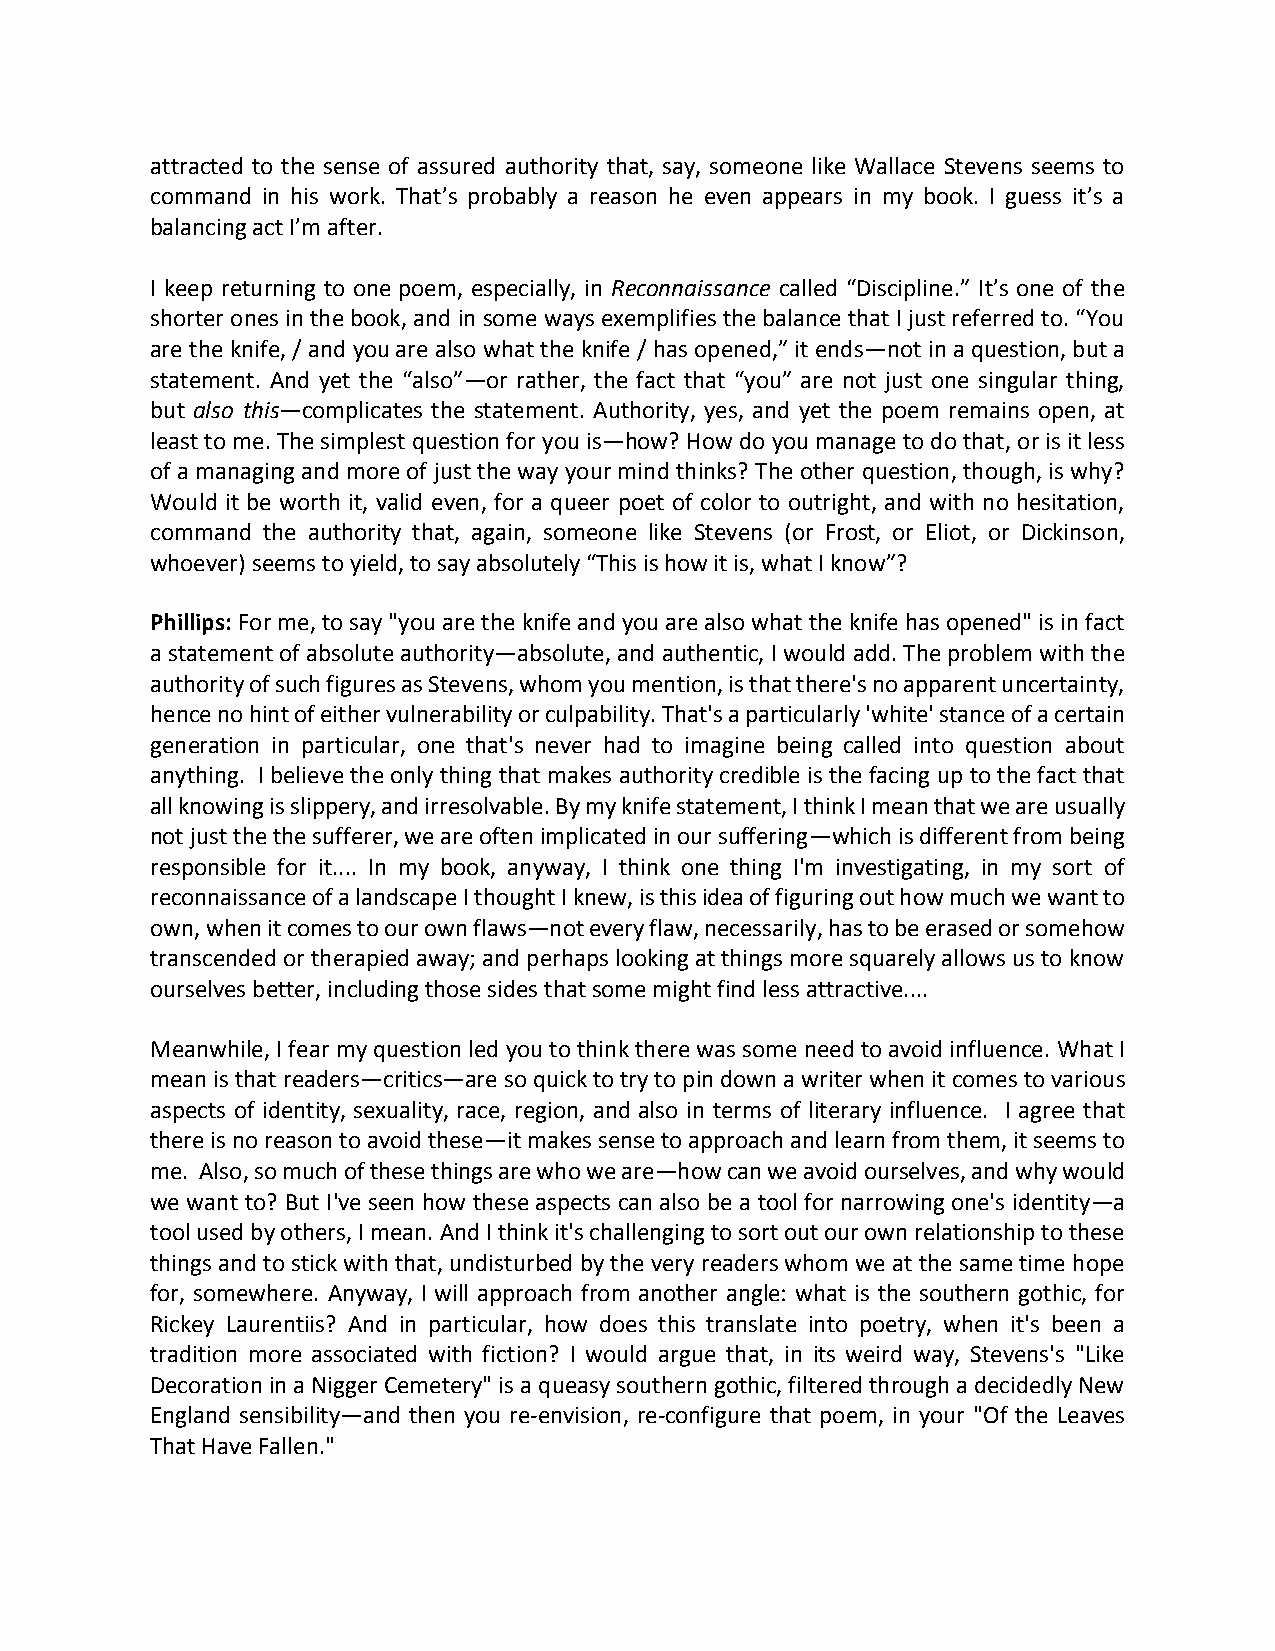
attracted to the sense of assured authority that, say, someone like Wallace Stevens seems to
 command in his work. That’s probably a reason he even appears in my book. I guess it’s a
 balancing act I’m after.
 I keep returning to one poem, especially, in Reconnaissance called “Discipline.” It’s one of the
 shorter ones in the book, and in some ways exemplifies the balance that I just referred to. “You
 are the knife, / and you are also what the knife / has opened,” it ends—not in a question, but a
 statement. And yet the “also”—or rather, the fact that “you” are not just one singular thing,
 but also this—complicates the statement. Authority, yes, and yet the poem remains open, at
 least to me. The simplest question for you is—how? How do you manage to do that, or is it less
 of a managing and more of just the way your mind thinks? The other question, though, is why?
 Would it be worth it, valid even, for a queer poet of color to outright, and with no hesitation,
 command the authority that, again, someone like Stevens (or Frost, or Eliot, or Dickinson,
 whoever) seems to yield, to say absolutely “This is how it is, what I know”?
 Phillips: For me, to say "you are the knife and you are also what the knife has opened" is in fact
 a statement of absolute authority—absolute, and authentic, I would add. The problem with the
 authority of such figures as Stevens, whom you mention, is that there's no apparent uncertainty,
 hence no hint of either vulnerability or culpability. That's a particularly 'white' stance of a certain
 generation in particular, one that's never had to imagine being called into question about
 anything. I believe the only thing that makes authority credible is the facing up to the fact that
 all knowing is slippery, and irresolvable. By my knife statement, I think I mean that we are usually
 not just the the sufferer, we are often implicated in our suffering—which is different from being
 responsible for it.... In my book, anyway, I think one thing I'm investigating, in my sort of
 reconnaissance of a landscape I thought I knew, is this idea of figuring out how much we want to
 own, when it comes to our own flaws—not every flaw, necessarily, has to be erased or somehow
 transcended or therapied away; and perhaps looking at things more squarely allows us to know
 ourselves better, including those sides that some might find less attractive....
 Meanwhile, I fear my question led you to think there was some need to avoid influence. What I
 mean is that readers—critics—are so quick to try to pin down a writer when it comes to various
 aspects of identity, sexuality, race, region, and also in terms of literary influence. I agree that
 there is no reason to avoid these—it makes sense to approach and learn from them, it seems to
 me. Also, so much of these things are who we are—how can we avoid ourselves, and why would
 we want to? But I've seen how these aspects can also be a tool for narrowing one's identity—a
 tool used by others, I mean. And I think it's challenging to sort out our own relationship to these
 things and to stick with that, undisturbed by the very readers whom we at the same time hope
 for, somewhere. Anyway, I will approach from another angle: what is the southern gothic, for
 Rickey Laurentiis? And in particular, how does this translate into poetry, when it's been a
 tradition more associated with fiction? I would argue that, in its weird way, Stevens's "Like
 Decoration in a Nigger Cemetery" is a queasy southern gothic, filtered through a decidedly New
 England sensibility—and then you re-envision, re-configure that poem, in your "Of the Leaves
 That Have Fallen."